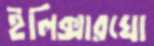
ইলিক্সারঘো